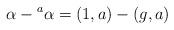
LaTeX: \begin{align*}\alpha-{}^a\alpha=(1,a)-(g,a)\end{align*}